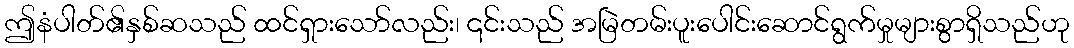
ဤနံပါတ်၏နှစ်ဆသည် ထင်ရှားသော်လည်း၊ ၎င်းသည် အမြဲတမ်းပူးပေါင်းဆောင်ရွက်မှုများစွာရှိသည်ဟု